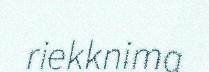
riekknima